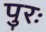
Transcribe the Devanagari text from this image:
पुरः